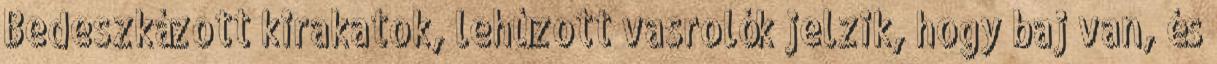
Bedeszkázott kirakatok, lehúzott vasrolók jelzik, hogy baj van, és